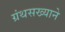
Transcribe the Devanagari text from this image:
ग्रंथसख्याने